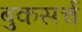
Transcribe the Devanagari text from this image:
बुकसर्च